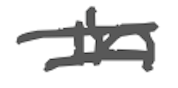
Text: in
Cross-out: double-line
Writing tool: digital_gray